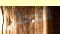
تتحدثي